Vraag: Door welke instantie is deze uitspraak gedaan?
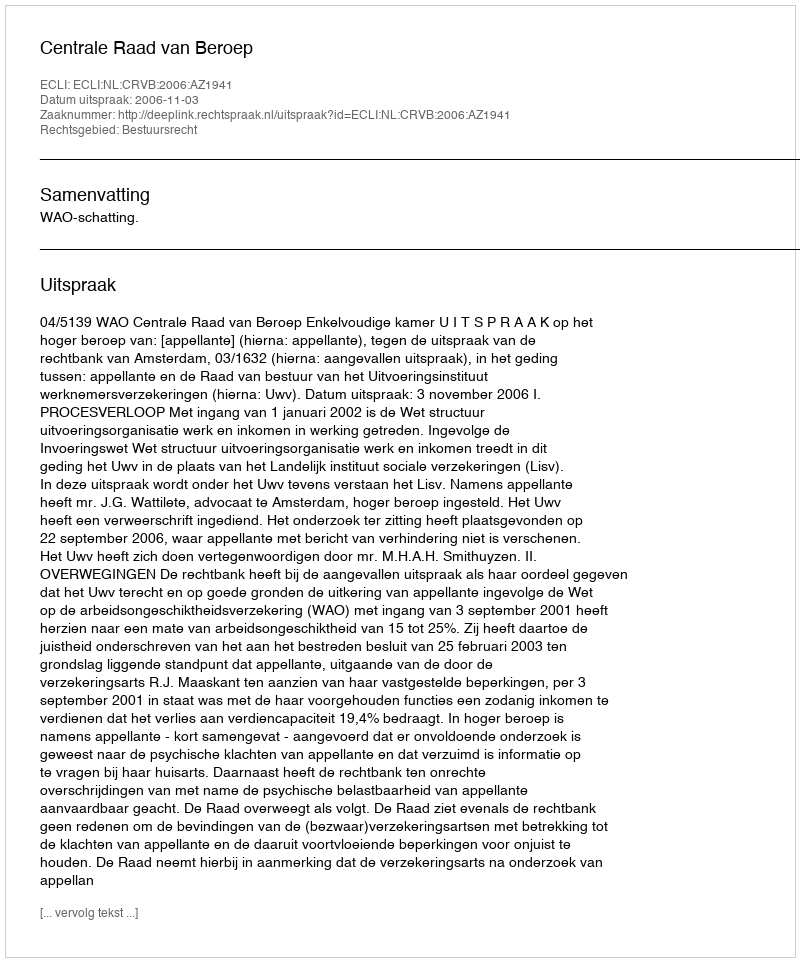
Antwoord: Centrale Raad van Beroep